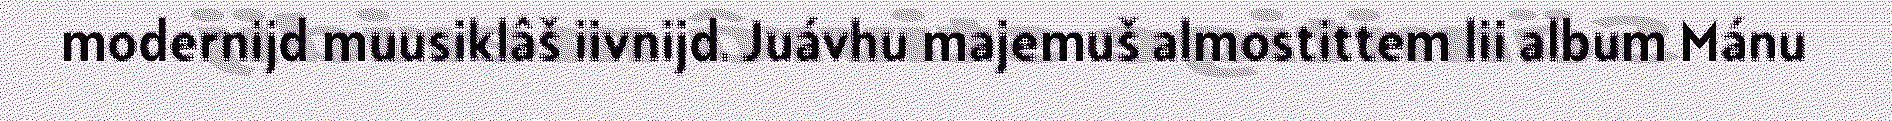
modernijd muusiklâš iivnijd. Juávhu majemuš almostittem lii album Mánu